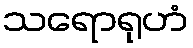
သရောရုဟံ